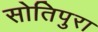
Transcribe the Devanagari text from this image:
सोतिपुरा